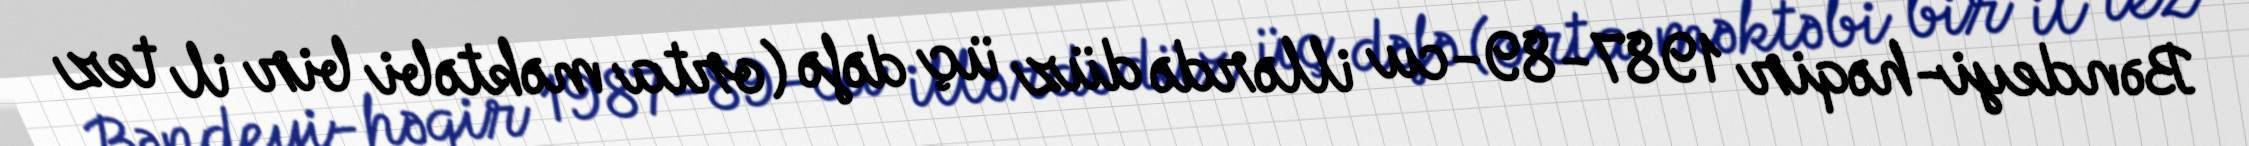
Bəndeyi-həqir 1987-89-cu illərdə düz üç dəfə (orta məktəbi bir il tez